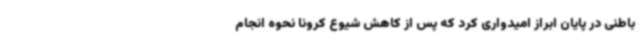
باطنی در پایان ابراز امیدواری کرد که پس از کاهش شیوع کرونا نحوه انجام